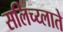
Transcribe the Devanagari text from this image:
सलिच्य्लाते